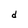
Character: d